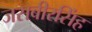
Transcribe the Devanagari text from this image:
जसबीरसिंह